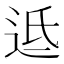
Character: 䢑